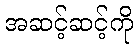
အဆင့်ဆင့်ကို